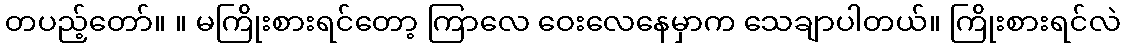
တပည့်တော်။ ။ မကြိုးစားရင်တော့ ကြာလေ ဝေးလေနေမှာက သေချာပါတယ်။ ကြိုးစားရင်လဲ